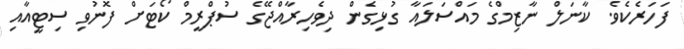
ފަހަރެކެވެ. ކާނަލް ނާޒިމްގެ މައްސަލައާ ގުޅިގެން ދިވެހިރާއްޖޭގެ ސުޕްރީމް ކޯޓަށް ފޮނުވި ސިޓީއާއި